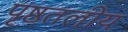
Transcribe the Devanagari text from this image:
पृष्ठतलीय